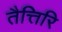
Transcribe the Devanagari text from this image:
तैत्तिरि